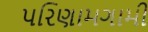
પરિણામગામી